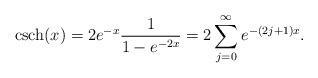
LaTeX: \begin{align*}{\rm csch} (x) = 2 e^{-x} \frac{1}{1 - e^{-2x}} = 2 \sum_{j = 0}^{\infty}e^{- (2j +1) x}.\end{align*}